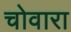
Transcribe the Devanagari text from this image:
चोवारा